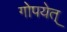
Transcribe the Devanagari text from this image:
गोपयेत्